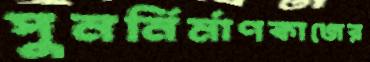
পুনর্নির্মাণকাজের